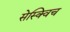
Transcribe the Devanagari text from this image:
सेस्क्विच